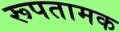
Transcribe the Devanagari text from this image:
रूपतामक